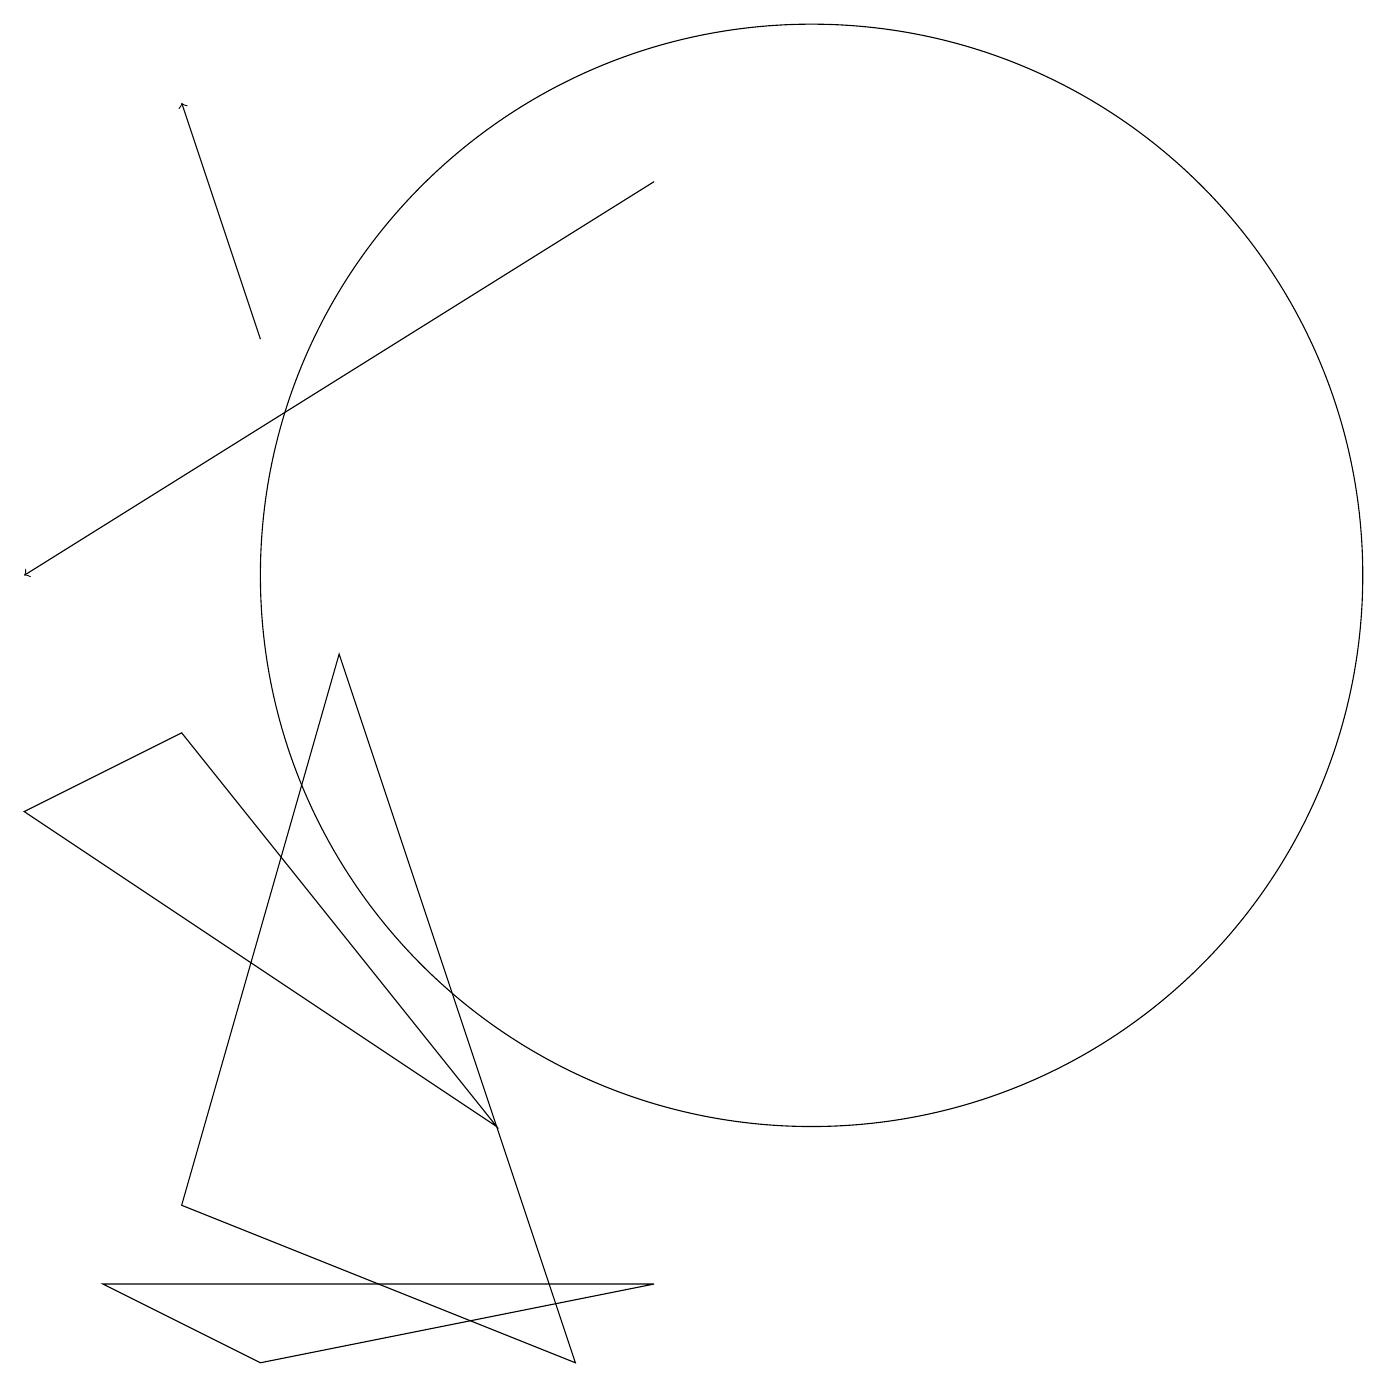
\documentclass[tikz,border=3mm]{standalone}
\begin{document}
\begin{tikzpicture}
\draw (7,0) -- (4,9) -- (2,2) -- cycle;
\draw (2,8) -- (6,3) -- (0,7) -- cycle;
\draw (10,10) circle (7);
\draw[->] (3,13) -- (2,16);
\draw (3,0) -- (8,1) -- (1,1) -- cycle;
\draw[->] (8,15) -- (0,10);
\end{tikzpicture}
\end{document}